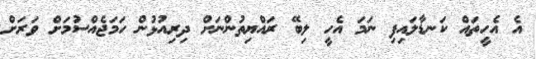
އެ އެހީތައް ކަނޑާލައިފި ނަމަ އެހީ ލިބޭ ރައްޔިތުންނަށް ދިރިއުޅުން ހަމަޖެއްސުމަށް ވަރަށް